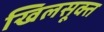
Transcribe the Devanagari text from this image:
खिलसूक्त